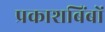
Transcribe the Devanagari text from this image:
प्रकाशबिंबों